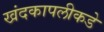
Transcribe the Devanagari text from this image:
खंदकापलीकडे